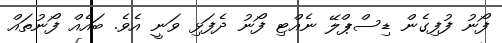
ފޯނު ފުފިގެން ޑިސްޕްލޭ ނެއްޓި ފޯނު ދެފަޅި ވަނީ އެވެ. ބައެއް ފޯނުތައް